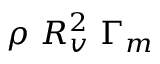
\rho \ R _ { v } ^ { 2 } \ \Gamma _ { m }